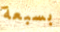
بسبعة